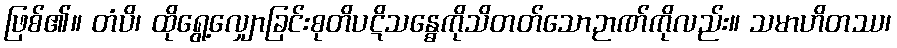
ဖြစ်၏။ တံပိ၊ ထိုရွေ့လျှောခြင်းစုတိပဋိသန္ဓေကိုသိတတ်သောဉာဏ်ကိုလည်း။ သမာဟိတဿ၊